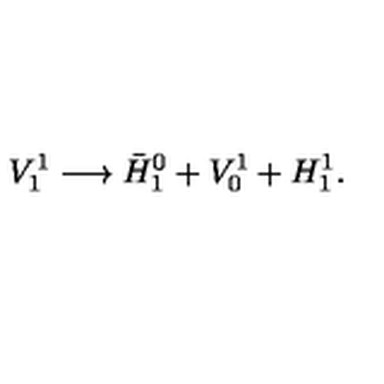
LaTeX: V _ { 1 } ^ { 1 } \longrightarrow \bar { H } _ { 1 } ^ { 0 } + V _ { 0 } ^ { 1 } + H _ { 1 } ^ { 1 } .